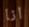
انا